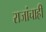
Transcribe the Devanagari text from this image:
राजांचाही